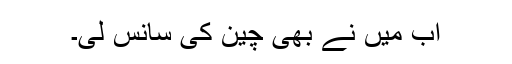
اب میں نے بھی چین کی سانس لی۔